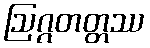
ဩဂ္ဂတတ္တဿ